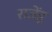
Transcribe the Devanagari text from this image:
राजेंड्र